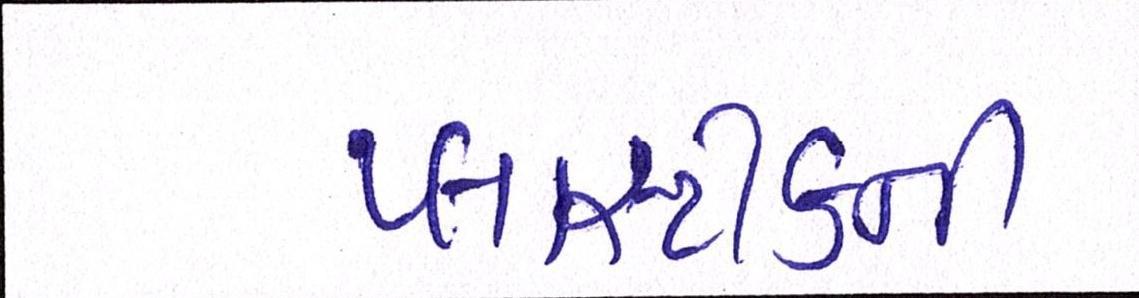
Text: પ્લાસ્ટીકની